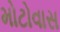
મોટોવાસ